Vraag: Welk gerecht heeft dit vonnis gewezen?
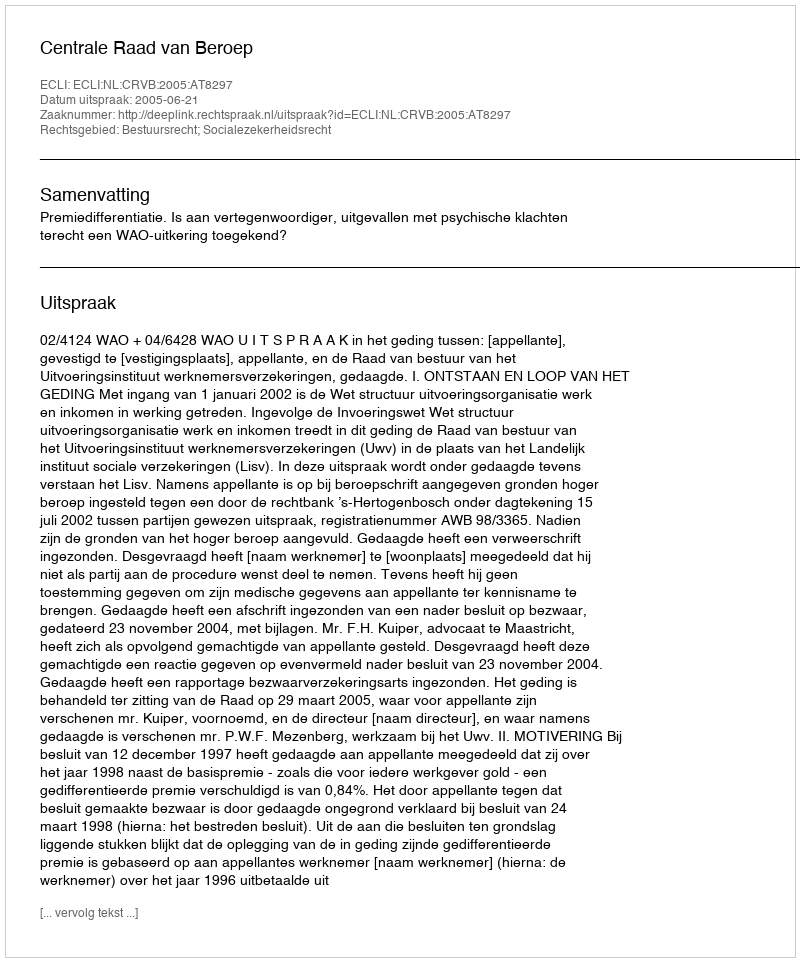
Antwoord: Centrale Raad van Beroep